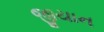
જીયાન